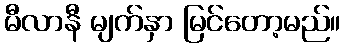
မီလာနီ မျက်နှာ မြင်တော့မည်။